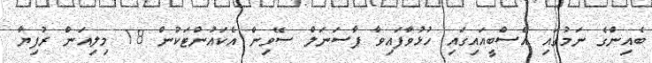
ބެއިންގެ ނަމުގައި އެސްބީއައިގައި ހުޅުވާފައިވާ ޕާސަނަލް ސޭވިން އެކައުންޓަކުން 18 މިލިއަން ރުފިޔާ